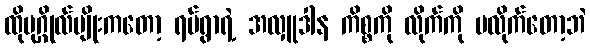
ထိုပုဂ္ဂိုလ်မျိုးကတော့ ရပ်ရွာရဲ့ အလှူဒါန ကိစ္စကို လိုက်ကို မလိုက်တော့ဘဲ